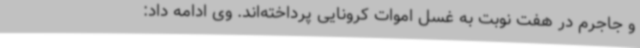
و جاجرم در هفت نوبت به غسل اموات کرونایی پرداخته‌اند. وی ادامه داد: